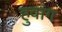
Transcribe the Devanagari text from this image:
हुवांग